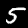
Label: 5